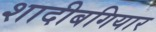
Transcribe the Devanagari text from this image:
शादीबगियार